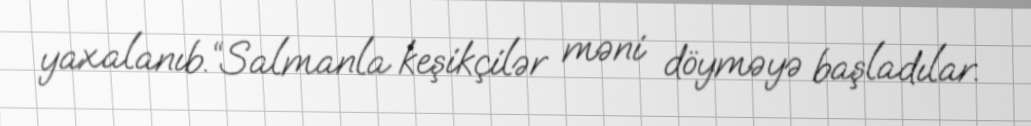
yaxalanıb.“Salmanla keşikçilər məni döyməyə başladılar.